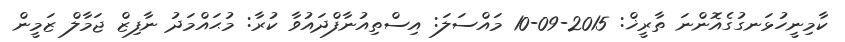
ކާމިނީހުޅަނގުގެއޮންނަ ތާރީޚް: 2015-09-10 މައްސަލަ: އިސްތިއުނާފްދައުވާ ކުރާ: މުޙައްމަދު ނާފިޒް ޖަމާލް ޒަމީން